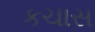
કચાસ